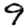
Digit: 9